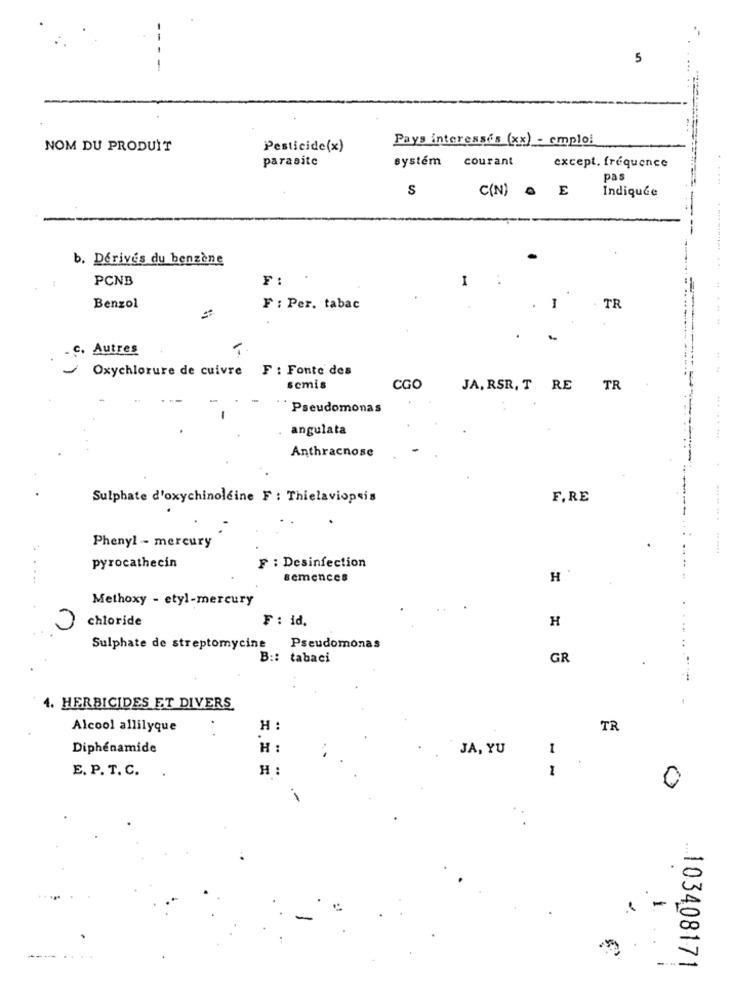
5
Pays interesses (xx) - emploi
NOM DU PRODUIT
Pesticide(x)
parasite
systém courant
except. fréquence
pas
S
C(N) · E
İndiquGe
b. Dérives du benzène
PCNB
F:
I
..
TR
Benzol
F : Per. tabac
I
c. Autres
-
Oxychlorure de cuivre F : Fonte des
semis
CGO
JA, RSR, T RE
TR
Pseudomonas
angulata
.... .. ...
Anthracnose
Sulphate d'oxychinoleine F : Thielaviopsis
F.RE
Phenyl - mercury
pyrocathecin
F : Desinfection
semences
H
Methoxy - etyl-mercury
chloride
F : id.
H
Sulphate de streptomycine Pseudomonas
B :: tabaci
GR
4. HERBICIDES ET DIVERS
Alcool allilyque
H :
TR
Diphénamide
H :
JA, YU
1
E. P. T. C.
H :
0
.
---
... 103408171